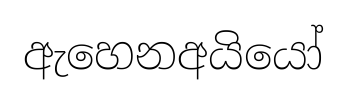
ඇහෙනඅයියෝ